Indian journal of veterinary science and animal husbandry - Volume 3,
Year: 1933
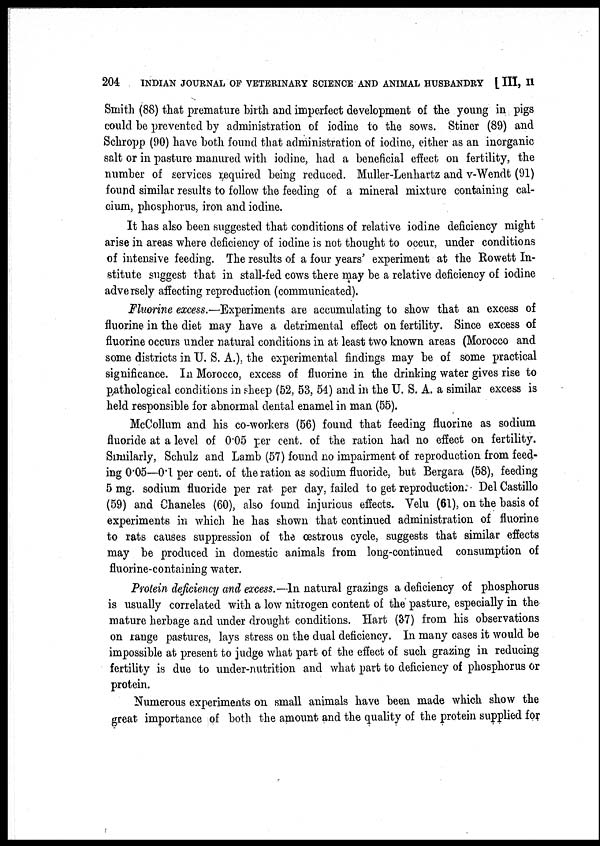
204
INDIAN JOURNAL OF VETERINARY SCIENCE AND ANIMAL HUSBANDRY [ III, II
Smith (88) that premature birth and imperfect development of the young in pigs
could be prevented by administration of iodine to the sows. Stiner (89) and
Schropp (90) have both found that administration of iodine, either as an inorganic
salt or in pasture manured with iodine, had a beneficial effect on fertility, the
number of services required being reduced. Muller-Lenhartz and v-Wendt (91)
found similar results to follow the feeding of a mineral mixture containing cal-
cium, phosphorus, iron and iodine.
It has also been suggested that conditions of relative iodine deficiency might
arise in areas where deficiency of iodine is not thought to occur, under conditions
of intensive feeding. The results of a four years' experiment at the Rowett In-
stitute suggest that in stall-fed cows there may be a relative deficiency of iodine
adversely affecting reproduction (communicated).
Fluorine excess.—Experiments are accumulating to show that an excess of
fluorine in the diet may have a detrimental effect on fertility. Since excess of
fluorine occurs under natural conditions in at least two known areas (Morocco and
some districts in U. S. A.), the experimental findings may be of some practical
significance. In Morocco, excess of fluorine in the drinking water gives rise to
pathological conditions in sheep (52, 53, 54) and in the U. S. A. a similar excess is
held responsible for abnormal dental enamel in man (55).
McCollum and his co-workers (56) found that feeding fluorine as sodium
fluoride at a level of 0.05 per cent. of the ration had no effect on fertility.
Similarly, Schulz and Lamb (57) found no impairment of reproduction from feed-
ing 0.05—0.1 per cent. of the ration as sodium fluoride, but Bergara (58), feeding
5 mg. sodium fluoride per rat per day, failed to get reproduction. Del Castillo
(59) and Chaneles (60), also found injurious effects. Velu (61), on the basis of
experiments in which he has shown that continued administration of fluorine
to rats causes suppression of the cestrous cycle, suggests that similar effects
may be produced in domestic animals from long-continued consumption of
fluorine-containing water.
Protein deficiency and excess.—In natural grazings a deficiency of phosphorus
is usually correlated with a low nitrogen content of the pasture, especially in the
mature herbage and under drought conditions. Hart (37) from his observations
on range pastures, lays stress on the dual deficiency. In many cases it would be
impossible at present to judge what part of the effect of such grazing in reducing
fertility is due to under-nutrition and what part to deficiency of phosphorus or
protein.
Numerous experiments on small animals have been made which show the
great importance of both the amount and the quality of the protein supplied for